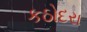
કઠોદરા